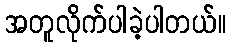
အတူလိုက်ပါခဲ့ပါတယ်။